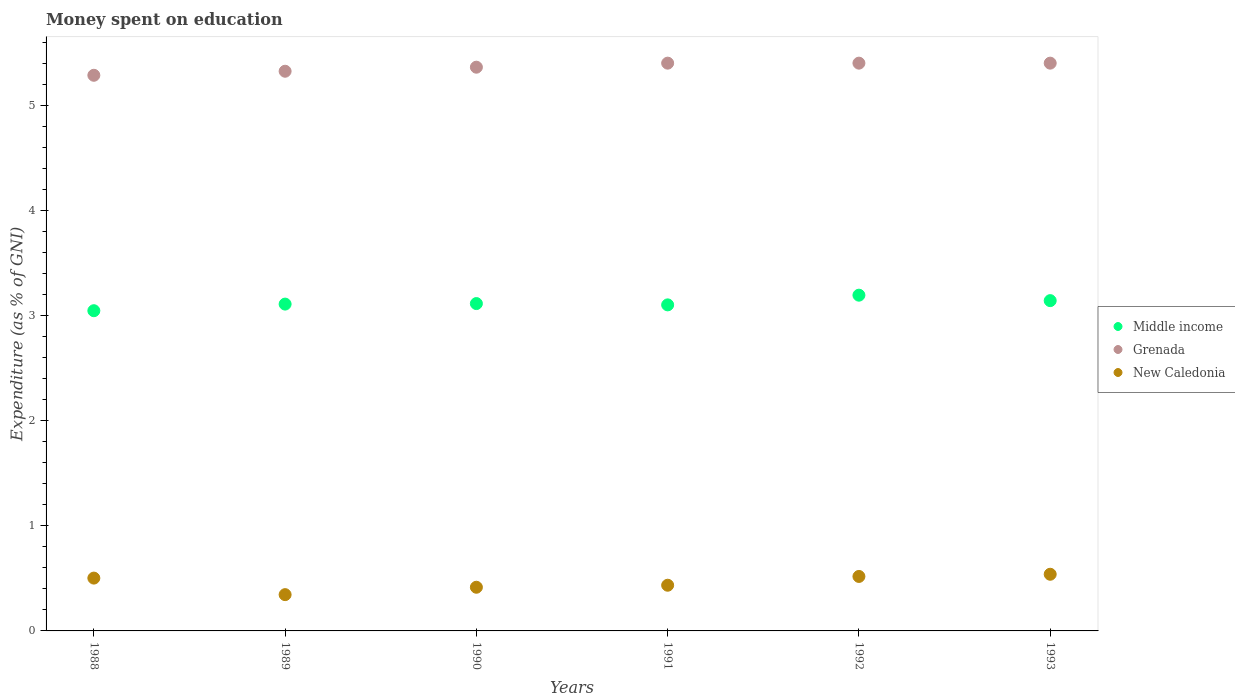
| Years | Middle income | Grenada | New Caledonia |
 | --- | --- | --- | --- |
 | 1988 | 3.05 | 5.28 | 0.502 |
 | 1989 | 3.11 | 5.32 | 0.345 |
 | 1990 | 3.11 | 5.36 | 0.415 |
 | 1991 | 3.1 | 5.4 | 0.435 |
 | 1992 | 3.19 | 5.4 | 0.518 |
 | 1993 | 3.14 | 5.4 | 0.539 |